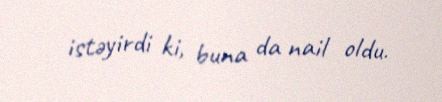
istəyirdi ki, buna da nail oldu.